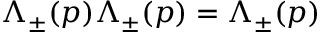
\Lambda _ { \pm } ( p ) \Lambda _ { \pm } ( p ) = \Lambda _ { \pm } ( p )